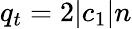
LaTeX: q_{t}=2|c_{1}|n